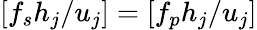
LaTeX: [f_{s}h_{j}/u_{j}]=[f_{p}h_{j}/u_{j}]